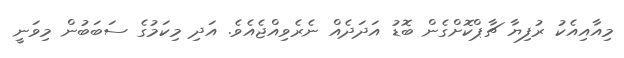
މިއާއިއެކު ރުފިޔާ ޗާޕްކޮށްގެން ބޮޑު އަދަދެއް ނެރެވިއްޖެއެވެ. އަދި މިކަމުގެ ސަބަބުން މިވަނީ